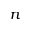
n